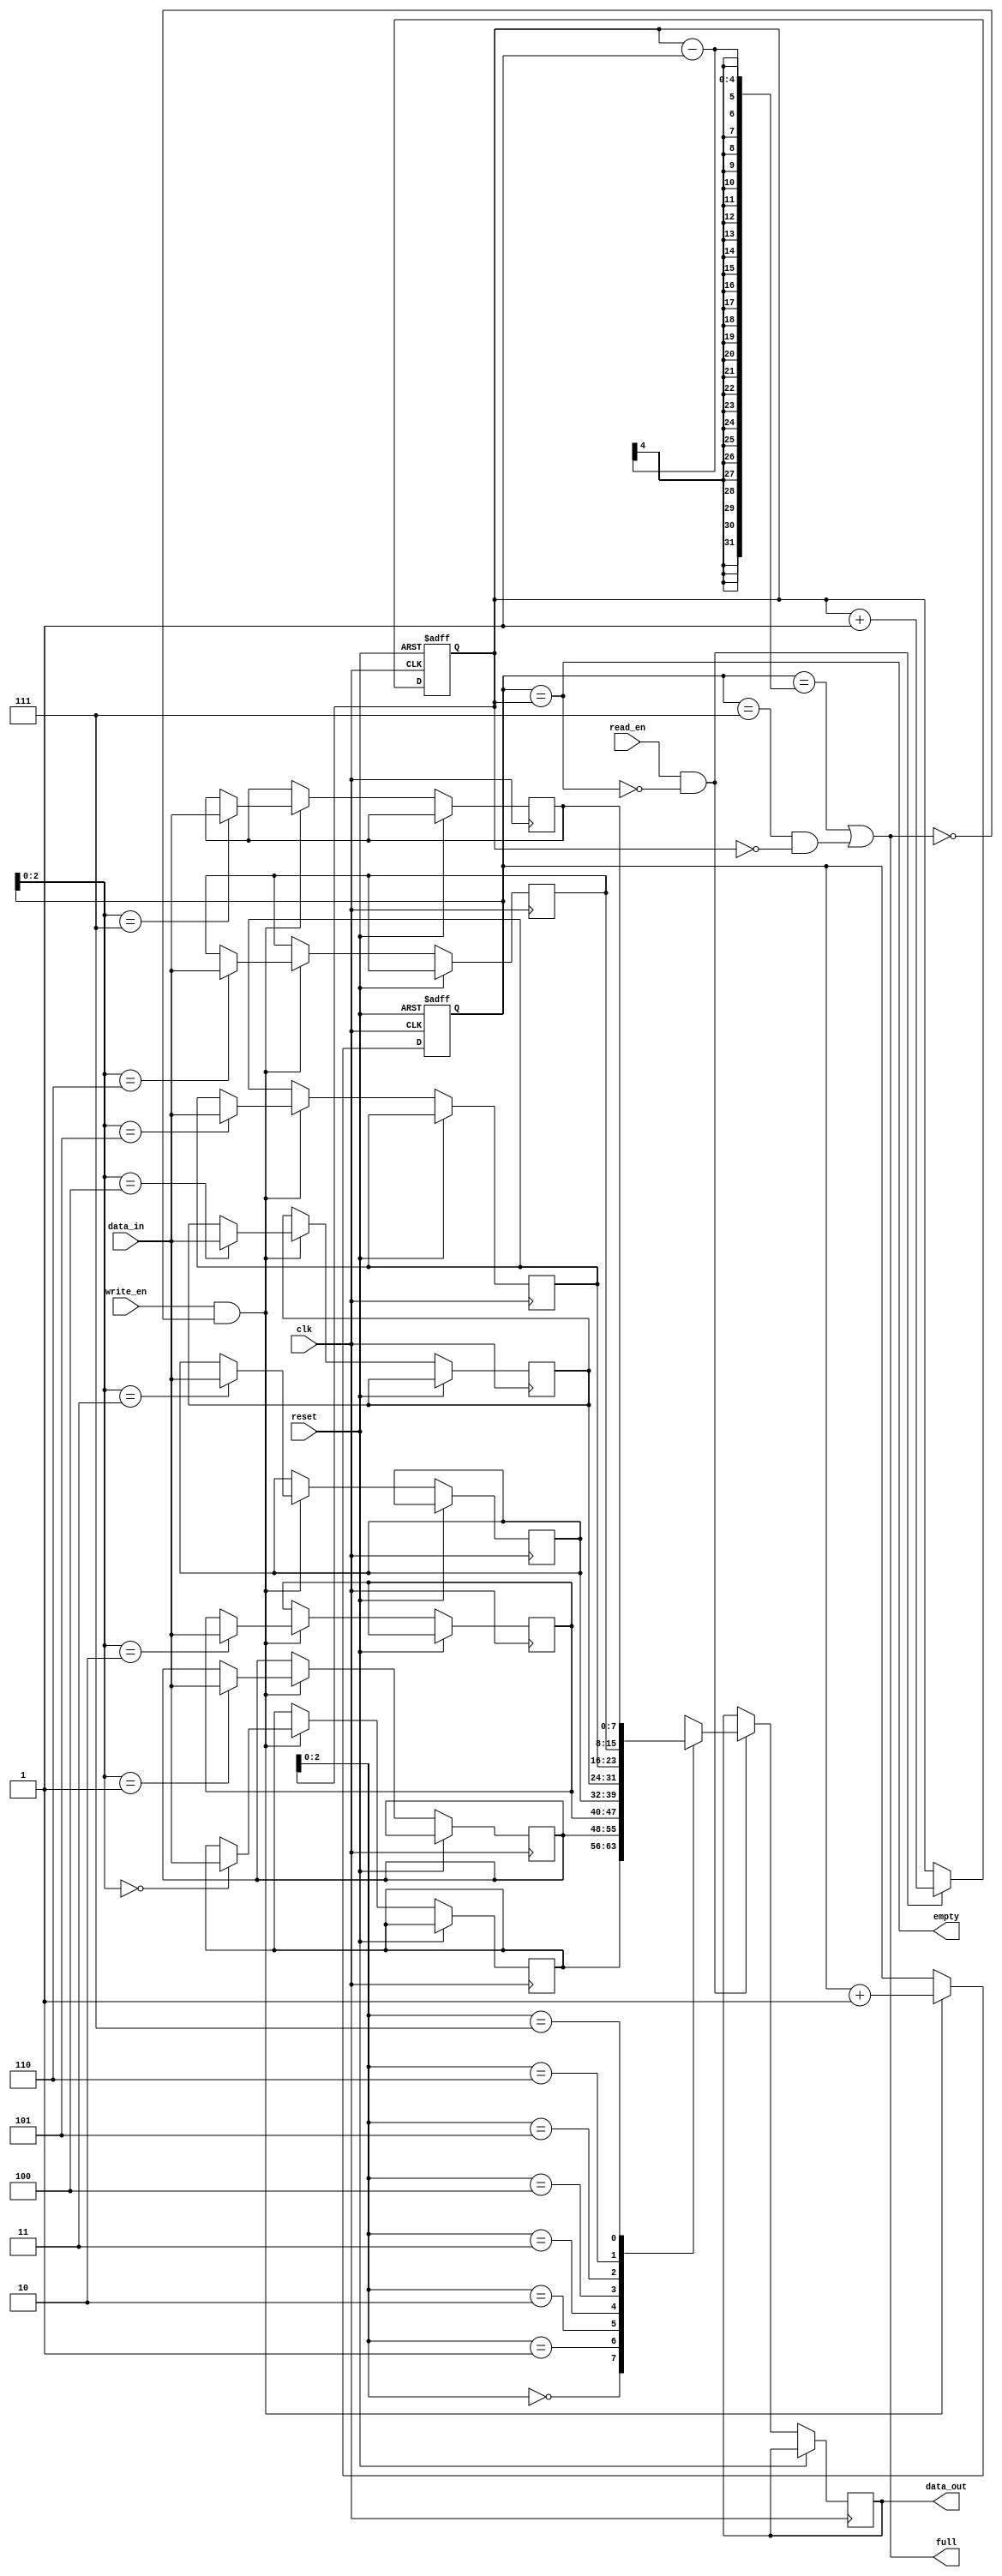
module FIFO_Buffer (
    input wire clk,
    input wire reset,
    input wire write_en,
    input wire read_en,
    input wire [7:0] data_in,
    output reg [7:0] data_out,
    output wire empty,
    output wire full
);

parameter BUFFER_SIZE = 8;

reg [7:0] buffer [0:BUFFER_SIZE-1];
reg [3:0] write_ptr = 4'b0000;
reg [3:0] read_ptr = 4'b0000;
wire empty = (write_ptr == read_ptr);
wire full = ((write_ptr == (read_ptr - 1)) || ((write_ptr == BUFFER_SIZE-1) && (read_ptr == 0)));

always @(posedge clk or posedge reset) begin
    if (reset) begin
        write_ptr <= 4'b0000;
        read_ptr <= 4'b0000;
    end else begin
        if (write_en && !full) begin
            buffer[write_ptr] <= data_in;
            write_ptr <= write_ptr + 1;
        end
        if (read_en && !empty) begin
            data_out <= buffer[read_ptr];
            read_ptr <= read_ptr + 1;
        end
    end
end

endmodule